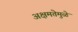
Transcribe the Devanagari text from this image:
अक्षमतेमुळे